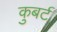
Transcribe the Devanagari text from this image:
कुबर्ट